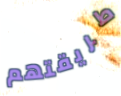
طريقتهم